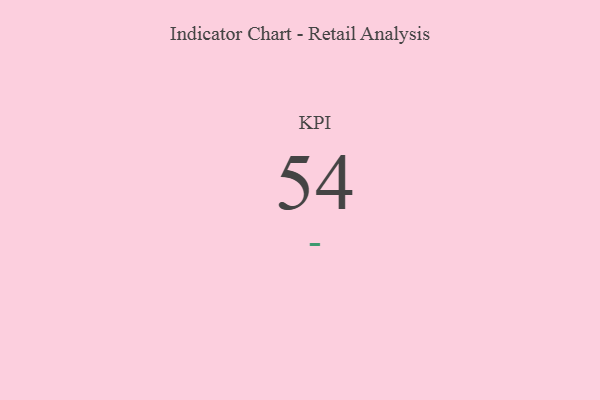
{"axis": {"x": "KPI", "y": "Value"}, "legend": [""], "data": [{"x": "KPI", "y": 54, "type": ""}]}